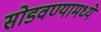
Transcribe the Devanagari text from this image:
सोडवण्यामध्ये